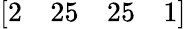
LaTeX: \left[\begin{array}{llll}{2}&{25}&{25}&{1}\end{array}\right]